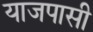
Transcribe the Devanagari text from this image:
याजपासी